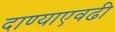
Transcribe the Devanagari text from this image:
दाण्याएवढी